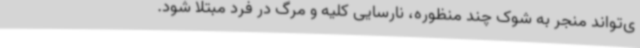
ی‌تواند منجر به شوک چند منظوره، نارسایی کلیه و مرگ در فرد مبتلا شود.